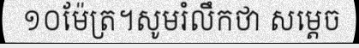
១០ម៉ែត្រ។សូមរំលឹកថា សម្តេច